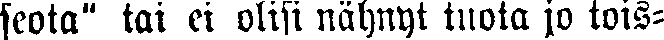
seota" tai ei olisi nähnet tuota jo tois-